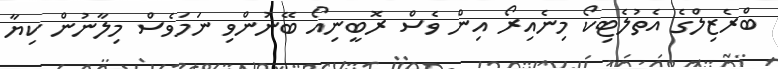
ބްރެޒިލްގެ އެތުލެޓިކޯ މިނެއިރޯ އިން ވެސް ރޮބީނިއޯ ބޭނުންވި ނަމަވެސް މިލާނުން ކިޔާ